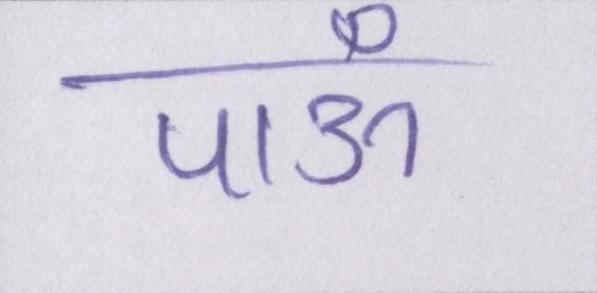
पाऊँ